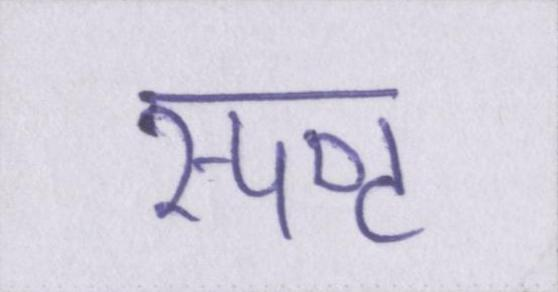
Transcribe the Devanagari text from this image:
स्पष्ट